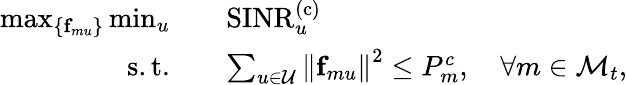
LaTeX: \begin{array}{rl}{\operatorname*{max}_{\{ {\mathbf{f}}_{mu}\} }\operatorname*{min}_{u}\quad}&{\textrm{SINR}_{u}^{\mathrm{(c)}}}\\ {\mathrm{s.t.}\quad}&{\sum_{u\in\mathcal{U}}\left\lVert{\mathbf{f}}_{mu}\right\rVert^{2}\leq P_{m}^{c},\quad\forall m\in\mathcal{M}_{t},}\end{array}